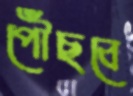
পৌঁছবে